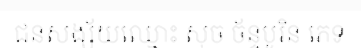
ជនសង្ស័យឈ្មោះ សុច ច័ន្ទបូរិន ភេទ